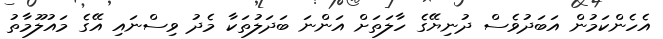
އެހެންކަމުން އަބަދުވެސް ދުނިޔޭގެ ހާލަތަށް އަންނަ ބަދަލުތަކާ މެދު ވިސްނައި އޭގެ މައުލޫމާތު